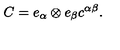
C = e _ { \alpha } \otimes e _ { \beta } c ^ { \alpha \beta } .